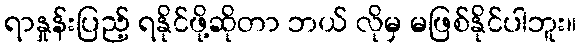
ရာနှုန်းပြည့် ရနိုင်ဖို့ဆိုတာ ဘယ် လိုမှ မဖြစ်နိုင်ပါဘူး။